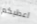
اعطيكم